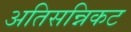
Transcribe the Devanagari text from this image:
अतिसन्निकट